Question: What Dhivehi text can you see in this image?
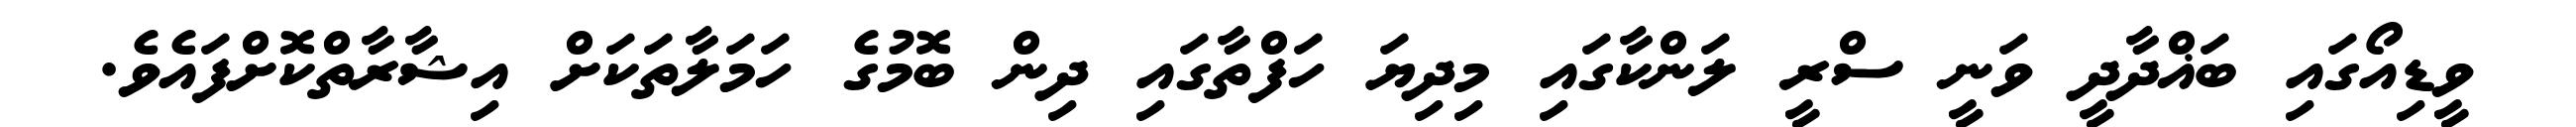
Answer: ވީޑިއޯގައި ބަޣްދާދީ ވަނީ ސްރީ ލަންކާގައި މިދިޔަ ހަފްތާގައި ދިން ބޮމުގެ ހަމަލާތަކަށް އިޝާރާތްކޮށްފައެވެ.